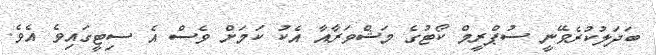
ބަދަލުކުރެވޭނީ ސުޕްރީމް ކޯޓުގެ މަޝްވަރާއާ އެކު ކަމަށް ވެސް އެ ސިޓީގައިވެ އެވެ.